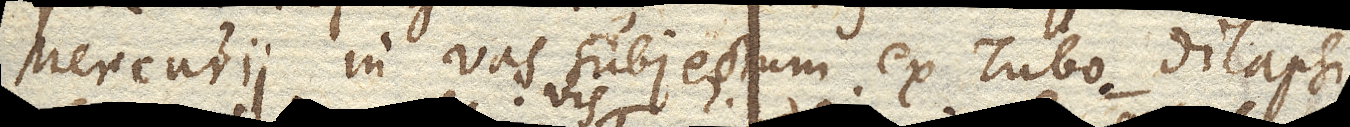
Mercurii in vas subjectum ex Tubo dilapsi